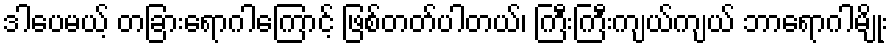
ဒါပေမယ့် တခြားရောဂါကြောင့် ဖြစ်တတ်ပါတယ်၊ ကြီးကြီးကျယ်ကျယ် ဘာရောဂါမျိုး